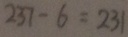
2 3 7 - 6 = 2 3 1